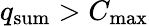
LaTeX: q_{\mathrm{sum}}>C_{\mathrm{max}}